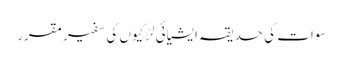
سوات کی حدیقہ ایشیائی لڑکیوں کی سفیر مقرر